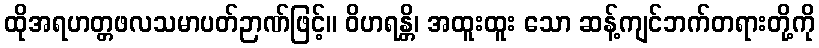
ထိုအရဟတ္တဖလသမာပတ်ဉာဏ်ဖြင့်။ ဝိဟရန္တိ၊ အထူးထူး သော ဆန့်ကျင်ဘက်တရားတို့ကို